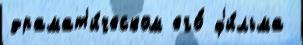
драмат'и́ческом его́ ф'и́льма